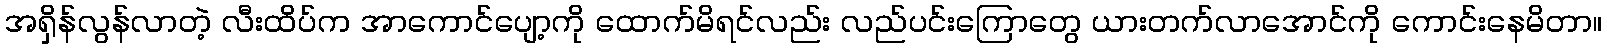
အရှိန်လွန်လာတဲ့ လီးထိပ်က အာကောင်ပျော့ကို ထောက်မိရင်လည်း လည်ပင်းကြောတွေ ယားတက်လာအောင်ကို ကောင်းနေမိတာ။